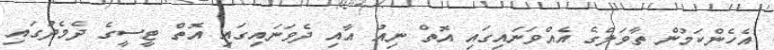
އެހެންކަމުން ތާވަލްގެ އެއްވަނައިގައި އޮތް ނިއު އާއި ދެވަނައިގައި އޮތް ޓީސީގެ ދެެމެދުގައި